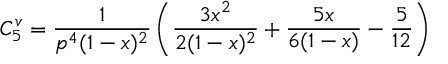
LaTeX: C _ { 5 } ^ { v } = \frac { 1 } { p ^ { 4 } ( 1 - x ) ^ { 2 } } \left( \frac { 3 x ^ { 2 } } { 2 ( 1 - x ) ^ { 2 } } + \frac { 5 x } { 6 ( 1 - x ) } - \frac 5 { 1 2 } \right)